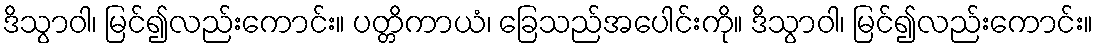
ဒိသွာဝါ၊ မြင်၍လည်းကောင်း။ ပတ္တိကာယံ၊ ခြေသည်အပေါင်းကို။ ဒိသွာဝါ၊ မြင်၍လည်းကောင်း။